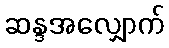
ဆန္ဒအလျှောက်